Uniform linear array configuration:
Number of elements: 24
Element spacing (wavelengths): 1
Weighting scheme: uniform
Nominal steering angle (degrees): -60
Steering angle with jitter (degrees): -58.141
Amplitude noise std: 0.05
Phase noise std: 0.05

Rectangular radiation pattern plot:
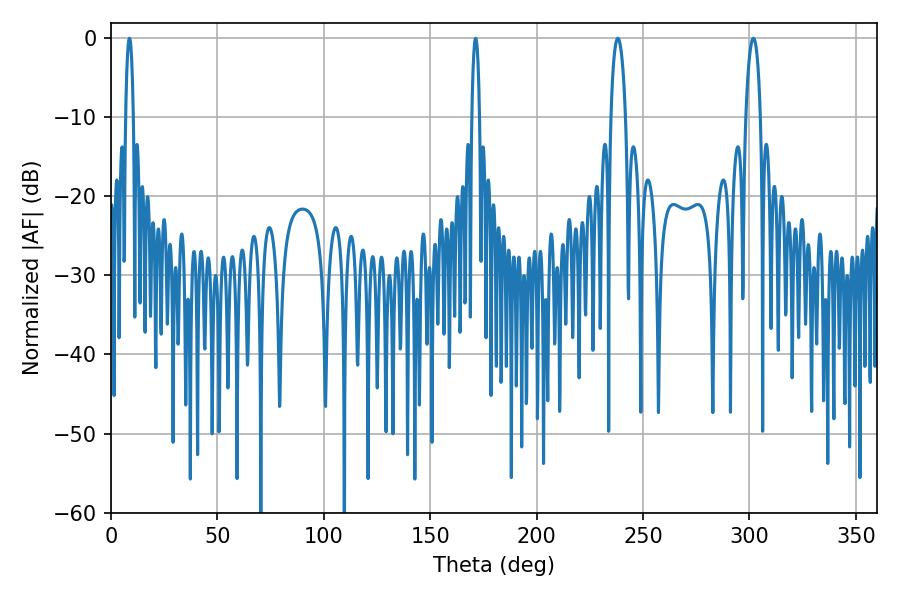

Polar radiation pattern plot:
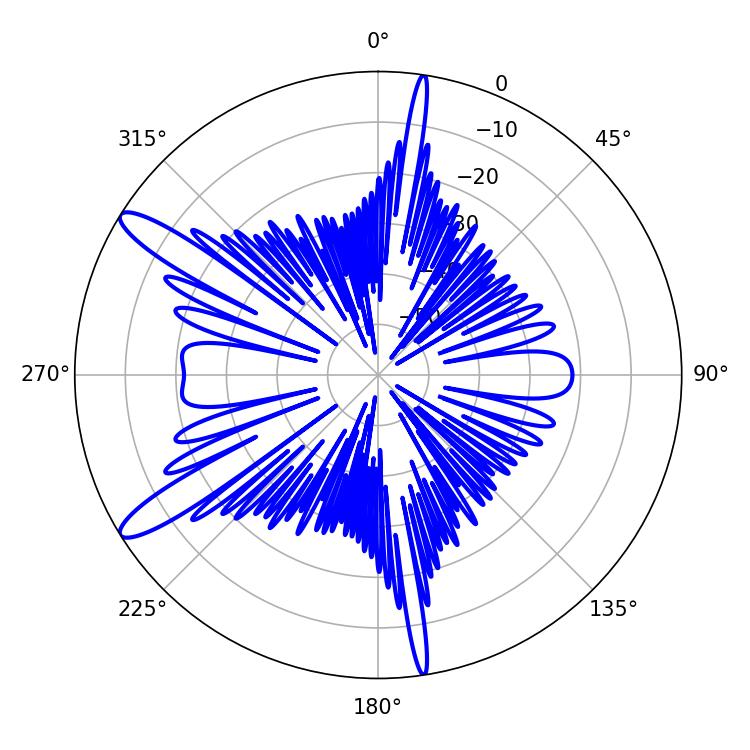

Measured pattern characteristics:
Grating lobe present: TRUE
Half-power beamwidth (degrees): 3.78
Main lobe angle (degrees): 238.14